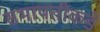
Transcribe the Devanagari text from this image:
सभापतींकडे